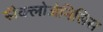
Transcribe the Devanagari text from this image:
सैक्लोजेनिसिस